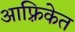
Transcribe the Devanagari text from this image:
आफ़्रिकेत